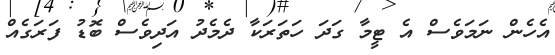
އެހެން ނަމަވެސް އެ ޓީމާ ގަދަ ހަތަރަކާ ދެމެދު އަދިވެސް ބޮޑު ފަރަގެއް